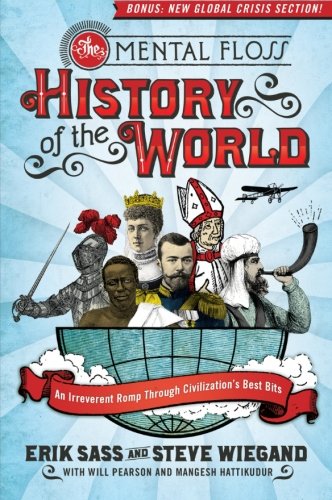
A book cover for The Mental Floss History of the World: An Irreverent Romp Through Civilization's Best Bits; Erik Sass; History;